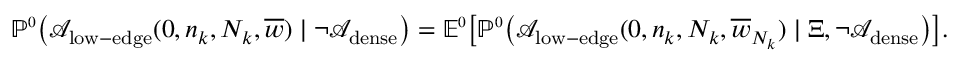
\mathbb { P } ^ { \scriptscriptstyle 0 } \big ( { \mathcal A } _ { \mathrm { l o w - e d g e } } ( 0 , n _ { k } , N _ { k } , \overline { { w } } ) \mid \neg { \mathcal A } _ { \mathrm { d e n s e } } \big ) = \mathbb E ^ { \scriptscriptstyle 0 } \big [ \mathbb { P } ^ { \scriptscriptstyle 0 } \big ( { \mathcal A } _ { \mathrm { l o w - e d g e } } ( 0 , n _ { k } , N _ { k } , \overline { { w } } _ { N _ { k } } ) \mid \Xi , \neg { \mathcal A } _ { \mathrm { d e n s e } } \big ) \big ] .